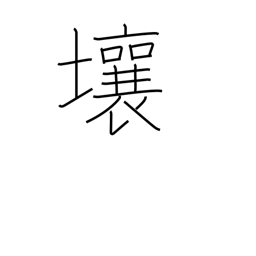
Meaning: loam